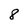
Character: 8